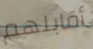
أقابلهم